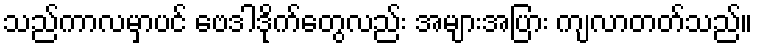
သည်ကာလမှာပင် ဗေဒါဒိုက်တွေလည်း အများအပြား ကျလာတတ်သည်။